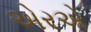
એરએ